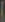
)